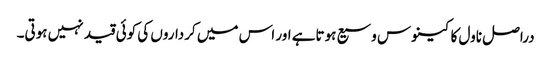
دراصل ناول کا کینوس وسیع ہوتاہے اور اس میں کرداروں کی کوئی قید نہیں ہوتی۔